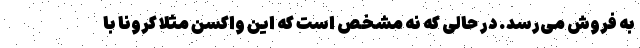
به فروش می‌رسد. در حالی که نه مشخص است که این واکسنِ مثلا کرونا با